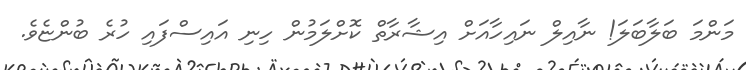
މަންމަ ބަލާބަލަ! ނާއިލް ނައިހާއަށް އިޝާރާތް ކޮށްލަމުން ހިނި އައިސްފައި ހުރެ ބުންޏެވެ.